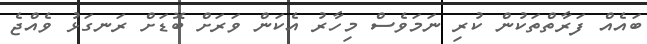
ބައެއް ފަރާތްތަކުން ކުރި ނަމަވެސް މިހާރު އެކަން ވަރަށް ބޮޑަށް ރަނގަޅު ވެއްޖެ